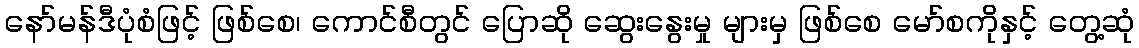
နော်မန်ဒီပုံစံဖြင့် ဖြစ်စေ၊ ကောင်စီတွင် ပြောဆို ဆွေးနွေးမှု များမှ ဖြစ်စေ မော်စကိုနှင့် တွေ့ဆုံ